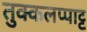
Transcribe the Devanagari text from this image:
तुक्कलप्पाट्ट